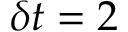
\delta t = 2